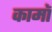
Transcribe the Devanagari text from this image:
कामॉ